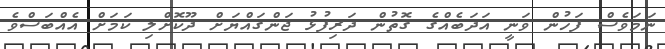
ނަމަވެސް ފަހުން ވަނީ އަދަބެއްގެ ގޮތުން ދަރިފުޅު ޖަންގައްޔަށް ދޫކޮށްލި ކަމަށް އެއްބަސްވެ